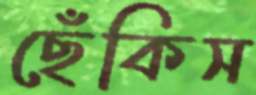
ছেঁকিস